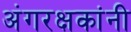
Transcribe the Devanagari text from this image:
अंगरक्षकांनी